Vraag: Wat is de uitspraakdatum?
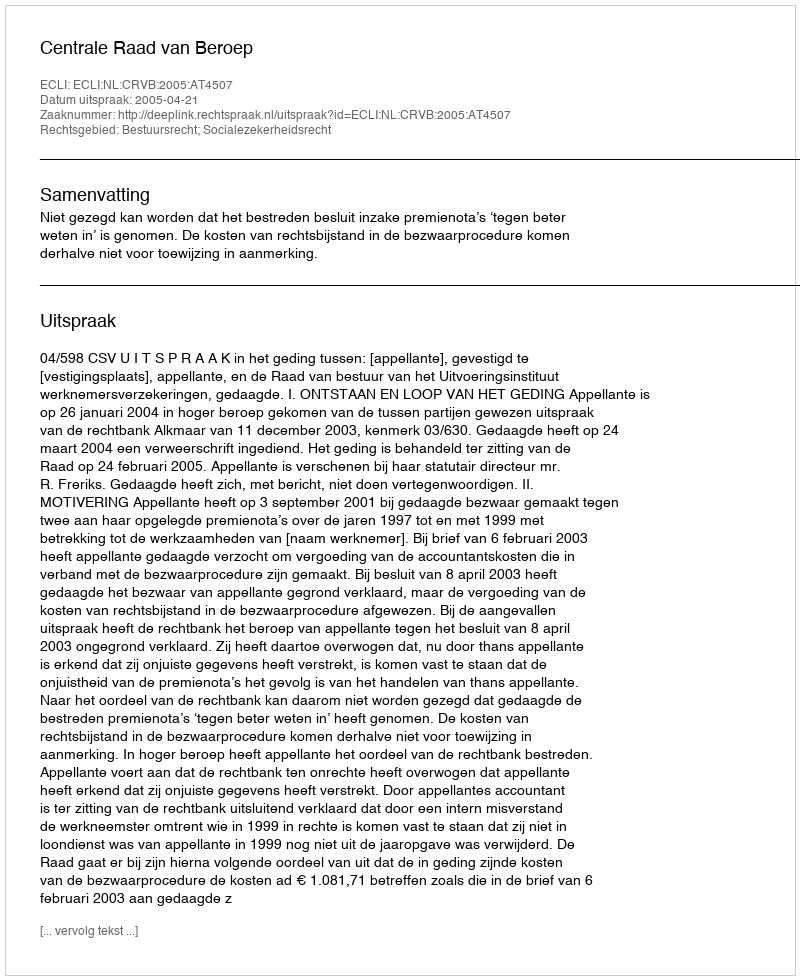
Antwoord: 2005-04-21